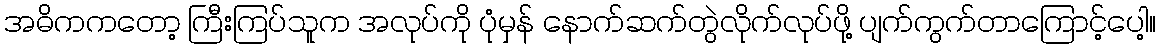
အဓိကကတော့ ကြီးကြပ်သူက အလုပ်ကို ပုံမှန် နောက်ဆက်တွဲလိုက်လုပ်ဖို့ ပျက်ကွက်တာကြောင့်ပေါ့။